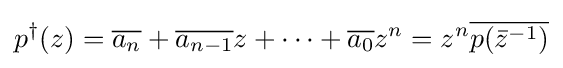
p^{\dagger }(z)={\overline {a_{n}}}+{\overline {a_{n-1}}}z+\cdots +{\overline {a_{0}}}z^{n}=z^{n}{\overline {p({\bar {z}}^{-1})}}